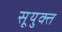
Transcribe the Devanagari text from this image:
सूयुक्त